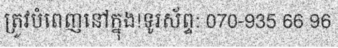
ត្រូវបំពេញនៅក្នុង!ទូរស័ព្ទ: 070-935 66 96